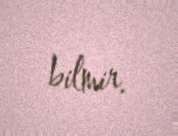
bilmir.